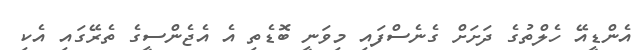
އެންޑީއޭ ހެލްތުގެ ދަށަށް ގެނެސްފައި މިވަނީ ބޮޑެތި އެ އެޖެންސީގެ ތެރޭގައި އެކި